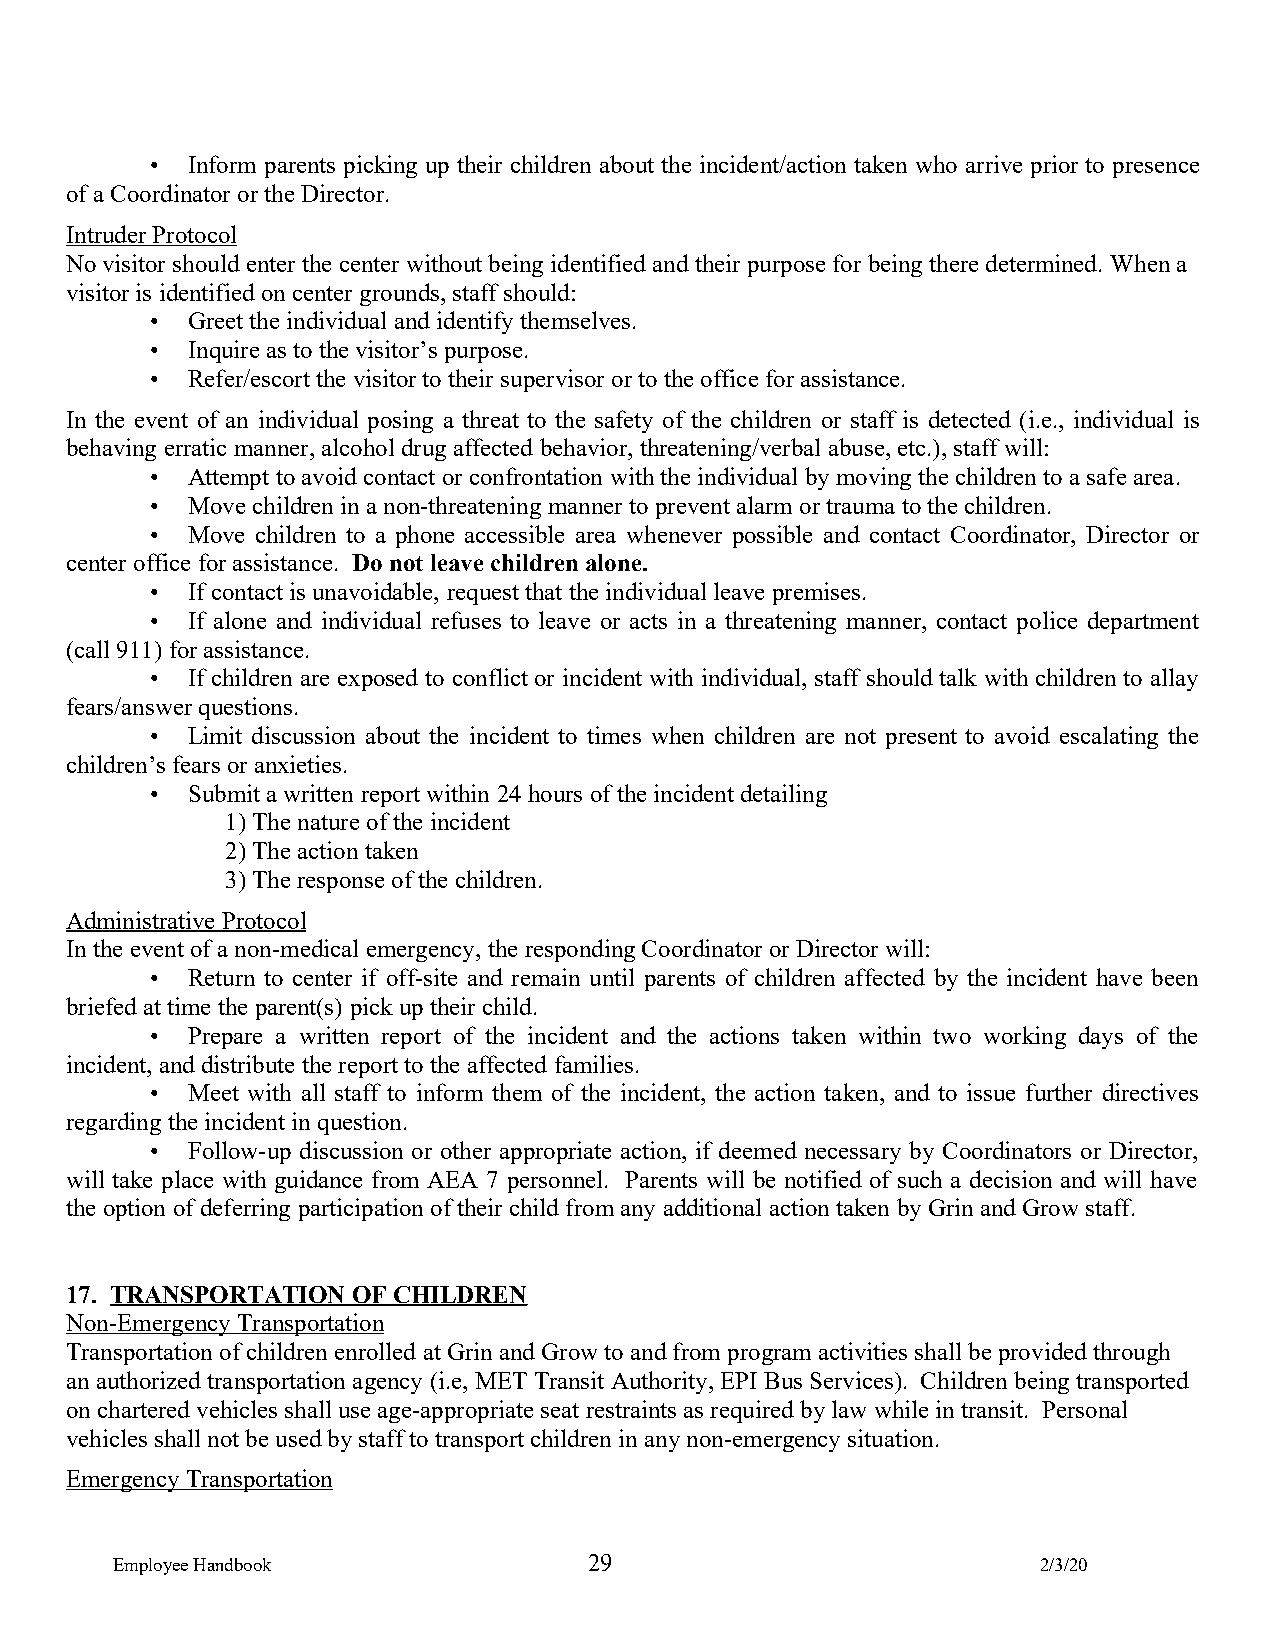
• Inform parents picking up their children about the incident/action taken who arrive prior to presence
 of a Coordinator or the Director.
 Intruder Protocol
 No visitor should enter the center without being identified and their purpose for being there determined. When a
 visitor is identified on center grounds, staff should:
 • Greet the individual and identify themselves.
 • Inquire as to the visitor’s purpose.
 • Refer/escort the visitor to their supervisor or to the office for assistance.
 In the event of an individual posing a threat to the safety of the children or staff is detected (i.e., individual is
 behaving erratic manner, alcohol drug affected behavior, threatening/verbal abuse, etc.), staff will:
 • Attempt to avoid contact or confrontation with the individual by moving the children to a safe area.
 • Move children in a non-threatening manner to prevent alarm or trauma to the children.
 • Move children to a phone accessible area whenever possible and contact Coordinator, Director or
 center office for assistance. Do not leave children alone.
 • If contact is unavoidable, request that the individual leave premises.
 • If alone and individual refuses to leave or acts in a threatening manner, contact police department
 (call 911) for assistance.
 • If children are exposed to conflict or incident with individual, staff should talk with children to allay
 fears/answer questions.
 • Limit discussion about the incident to times when children are not present to avoid escalating the
 children’s fears or anxieties.
 • Submit a written report within 24 hours of the incident detailing
 1) The nature of the incident
 2) The action taken
 3) The response of the children.
 Administrative Protocol
 In the event of a non-medical emergency, the responding Coordinator or Director will:
 • Return to center if off-site and remain until parents of children affected by the incident have been
 briefed at time the parent(s) pick up their child.
 • Prepare a written report of the incident and the actions taken within two working days of the
 incident, and distribute the report to the affected families.
 • Meet with all staff to inform them of the incident, the action taken, and to issue further directives
 regarding the incident in question.
 • Follow-up discussion or other appropriate action, if deemed necessary by Coordinators or Director,
 will take place with guidance from AEA 7 personnel. Parents will be notified of such a decision and will have
 the option of deferring participation of their child from any additional action taken by Grin and Grow staff.
 17. TRANSPORTATION OF CHILDREN
 Non-Emergency Transportation
 Transportation of children enrolled at Grin and Grow to and from program activities shall be provided through
 an authorized transportation agency (i.e, MET Transit Authority, EPI Bus Services). Children being transported
 on chartered vehicles shall use age-appropriate seat restraints as required by law while in transit. Personal
 vehicles shall not be used by staff to transport children in any non-emergency situation.
 Emergency Transportation
 Employee Handbook               29                            2/3/20